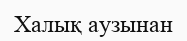
Халық аузынан